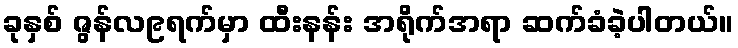
ခုနှစ် ဇွန်လ၉ရက်မှာ ထီးနန်း အရိုက်အရာ ဆက်ခံခဲ့ပါတယ်။